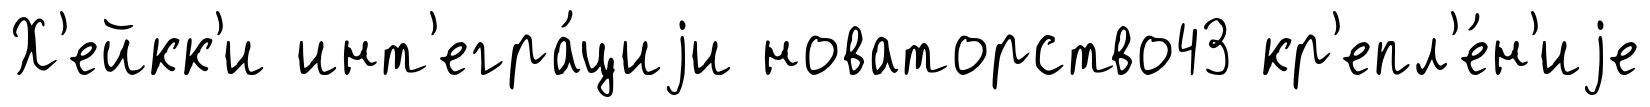
Х'ейкк'и инт'егра́циjи новаторство43 кр'епл'е́н'иjе